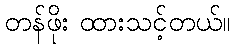
တန်ဖိုး ထားသင့်တယ်။